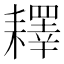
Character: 𦔥